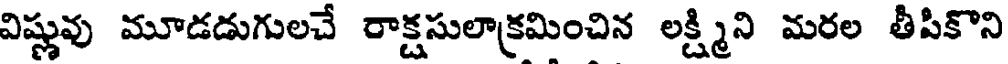
విష్ణువు మూడడుగులచే రాక్షసులాక్రమించిన లక్ష్మిని మరల తీపికొని